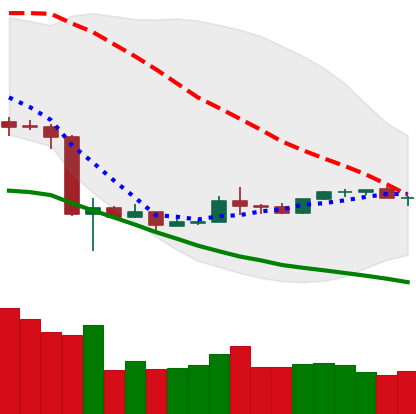
Ticker: NEO-USD
Chart end date: 2020-03-28
Forward return: 5.594%
Label: up_5_7